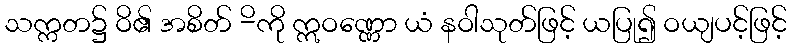
သက္ကတ၌ ဝိ၏ အစိတ် -ိကို ဣဝဏ္ဏော ယံ နဝါသုတ်ဖြင့် ယပြု၍ ဝယျပင့်ဖြင့်